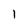
Character: 1